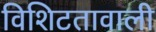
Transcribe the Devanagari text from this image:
विशिटतावाली